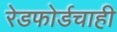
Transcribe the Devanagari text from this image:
रेडफोर्डचाही